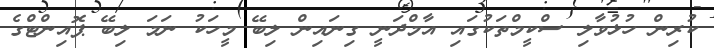
ކުރިން ހުޅުވާލި ސްކީމްތަކުގައި އާމްދަނީ ގިނައިން ލިބޭ މީހަކު ނަމަ ލިބޭ ޕޮއިންޓްގެ